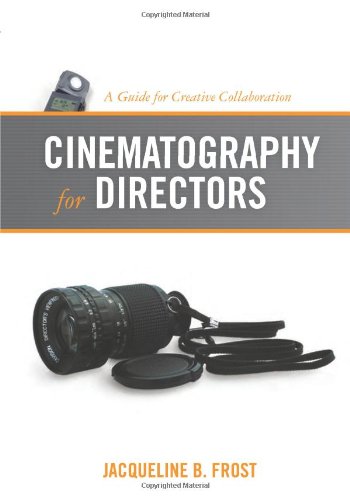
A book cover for Cinematography for Directors: A Guide for Creative Collaboration; Jacqueline B Frost; Arts & Photography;